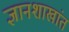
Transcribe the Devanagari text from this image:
ज्ञानशाखांत